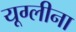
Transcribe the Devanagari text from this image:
यूग्लीना